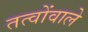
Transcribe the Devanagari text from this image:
तत्वोंवाले